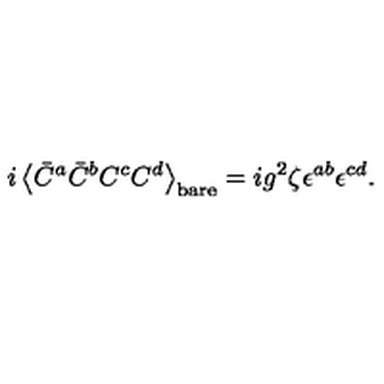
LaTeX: i \left< \bar { C } ^ { a } \bar { C } ^ { b } C ^ { c } C ^ { d } \right> _ { \mathrm { b a r e } } = i g ^ { 2 } \zeta \epsilon ^ { a b } \epsilon ^ { c d } .